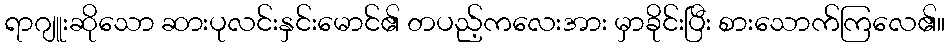
ရာဂျူးဆိုသော ဆားပုလင်းနှင်းမောင်၏ တပည့်ကလေးအား မှာခိုင်းပြီး စားသောက်ကြလေ၏။